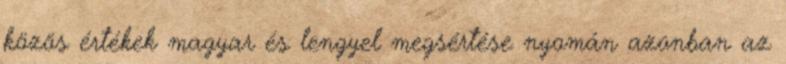
közös értékek magyar és lengyel megsértése nyomán azonban az